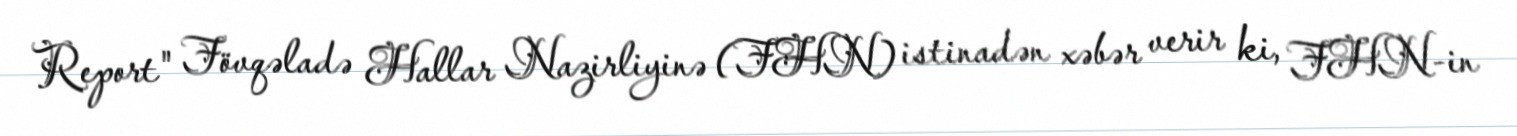
Report" Fövqəladə Hallar Nazirliyinə (FHN) istinadən xəbər verir ki, FHN-in